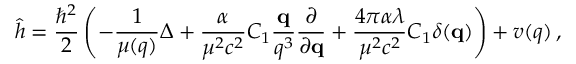
\hat { h } = \frac { \hbar ^ { 2 } } { 2 } \left( - \frac { 1 } { \mu ( q ) } \Delta + \frac { \alpha } { \mu ^ { 2 } c ^ { 2 } } C _ { 1 } \frac { { \bf q } } { q ^ { 3 } } \frac { \partial } { \partial { \bf q } } + \frac { 4 \pi \alpha \lambda } { \mu ^ { 2 } c ^ { 2 } } C _ { 1 } \delta ( { \bf q } ) \right) + v ( q ) \, ,